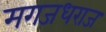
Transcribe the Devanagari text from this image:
मगजधराज